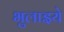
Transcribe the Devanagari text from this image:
भुलाइये